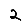
Digit: 2